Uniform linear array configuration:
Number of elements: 32
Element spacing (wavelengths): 1
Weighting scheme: blackman
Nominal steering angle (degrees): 15
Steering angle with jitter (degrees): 13.548
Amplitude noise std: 0.05
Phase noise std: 0.05

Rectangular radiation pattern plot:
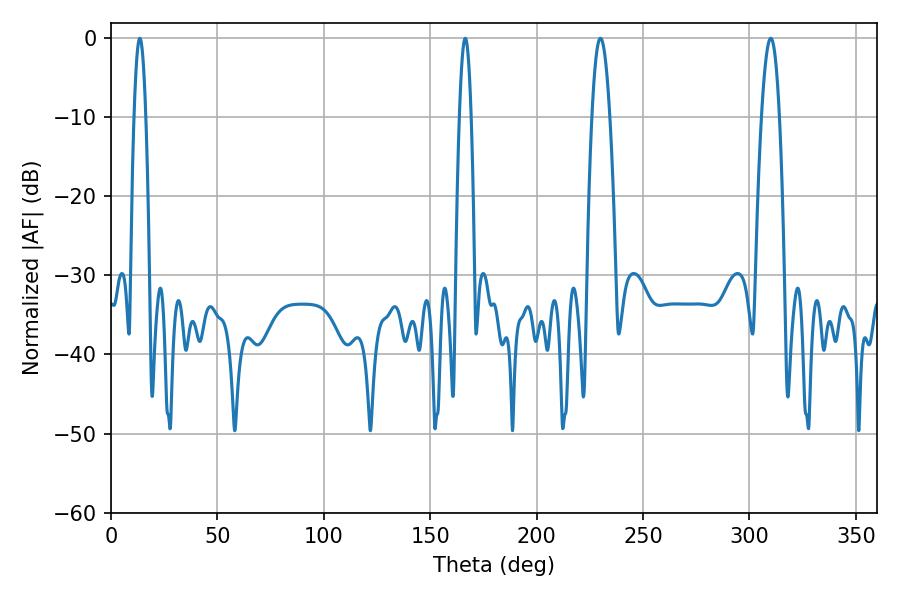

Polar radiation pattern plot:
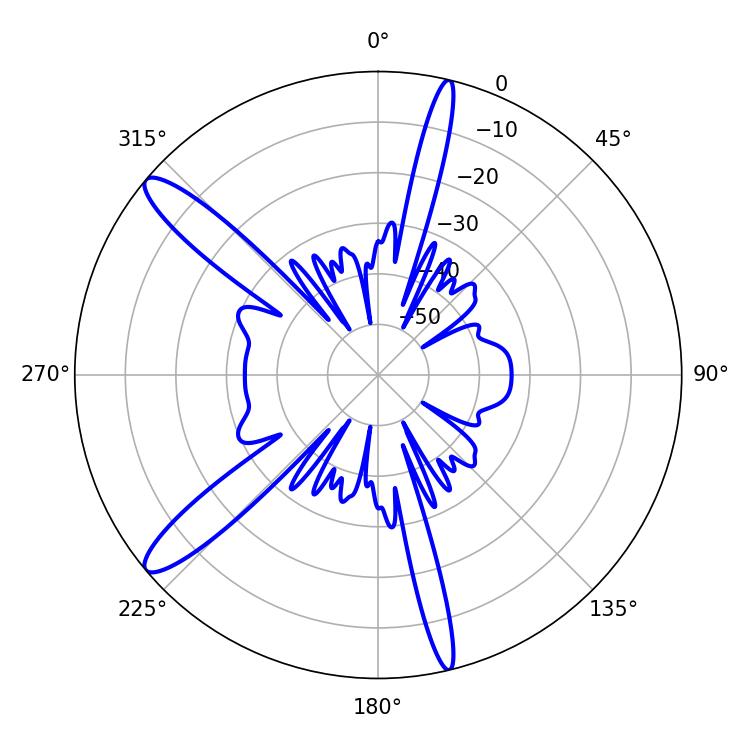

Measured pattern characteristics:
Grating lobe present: TRUE
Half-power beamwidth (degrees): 4.68
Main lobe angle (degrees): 230.04